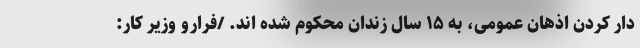
دار کردن اذهان عمومی، به ۱۵ سال زندان محکوم شده اند. /فرارو وزیر کار: